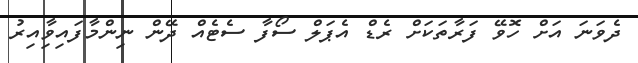
ދެވަނަ އަށް ހޮވޭ ފަރާތަކަށް ރެޑް އެޕަލް ސޯފާ ސެޓެއް ދޭން ނިންމާފައިވާިއިރު